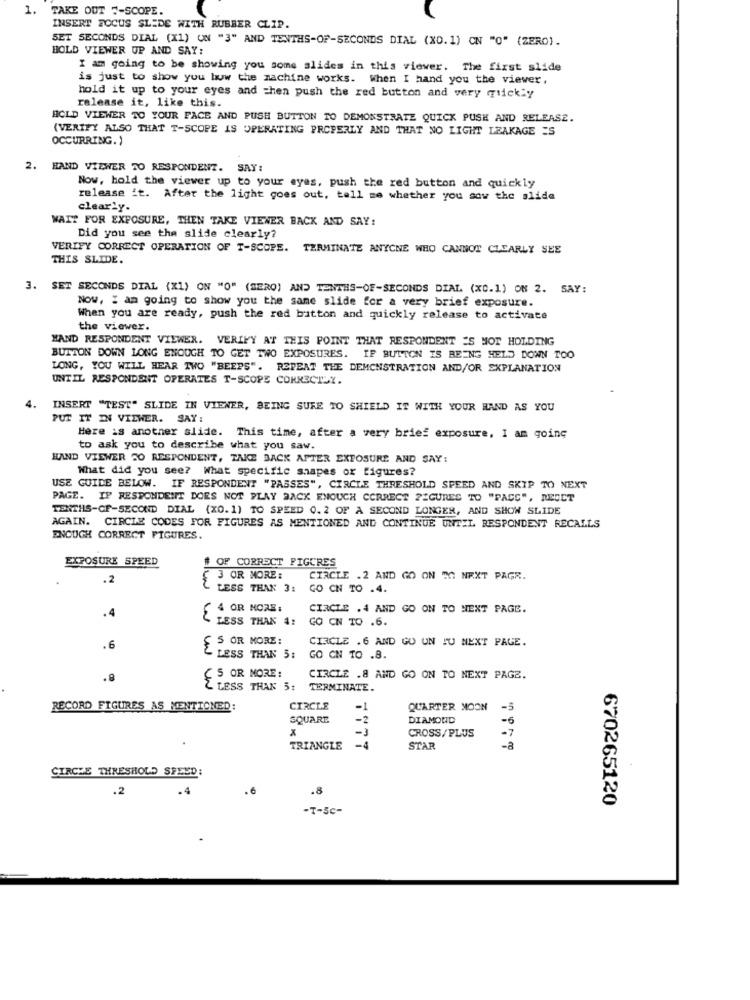
1. TAKE OUT "-SCOPE.
INSERT FOCUS SLIDE WITH RUBBER CLIP.
SET SECONDS DIAL (X1) UN "3" AND TENTHS-OF-SECONDS DIAL (X0.1) ON "0" (ZERO).
BOLD VIEWER UP AND SAY:
I am going to be showing you some slides in this viewer. The first slide
is just to show you how the machine works. when I hand you the viewer.
release it, like this.
hold it up to your eyes and =hen push the red button and very quickly
BCLD VIEWER TO YOUR FACE AND PUSH BUTTON TO DEMONSTRATE QUICK PUSH AND RELEASE.
(VERIFY ALSO THAT T-SCOPE IS OPERATING PROPERLY AND THAT NO LIGHT LEAKAGE ES
OCCURRING.)
2. HAND VIEWER TO RESPONDENT. SAY:
Now, hold the viewer up to your eyes, push the red button and quickly
release it. After the light goes out, tell me whether you saw the slide
clearly.
WAIT FOR EXPOSURE, THEN TAKE VIEWER BACK AND SAY:
Did you see the slide clearly?
VERIFY CORRECT OPERATION OF T-SCOPE. TERMINATE ANYONE WHO CANNOT CLEARLY SEE
THIS SLIDE.
3. SET SECONDS DIAL (X1) ON "0" (SERO) AND TENTHS-OF-SECONDS DIAL (x0.1) ON 2. SAY:
Now, I am going to show you the same slide for a very brief exposure.
When you are ready, push the red button and quickly release to activate
the viewer.
"AND RESPONDENT VIEWER. VERIFY AT THIS POINT THAT RESPONDENT ES MOT HOLDING
BUTTON DOWN LONG ENOUGH TO GET TWO EXPOSURES. IF BUTTON IS BEING HELD DOWN TOO
LONG, YOU WILL HEAR TWO "BEEPS". REPEAT THE DEMONSTRATION AND/OR EXPLANATION
UNTIL RESPONDENT OPERATES T-SCOPE CORRECTLY.
4.
INSERT "TEST" SLIDE IN VIENER, BEING SURE TO SHIELD IT WITH YOUR HAND AS YOU
PUT IT IN VIEWER. SAY:
Here is another slide. This time, after a very brief exposure, I am going
to ask you to describe what you saw.
HAND VIEWER 20 RESPONDENT, TAKE BACK AFTER EXPOSURE AND SAY:
What did you see? What specific shapes or figures?
USE GUIDE BELOW. IF RESPONDENT "PASSES", CIRCLE THRESHOLD SPEED AND SKIP TO NEXT
PAGE. IF RESPONDENT DOES NOT PLAY BACK ENOUCH CORRECT FIGURES TO "PACS", DEOCT
TENTHS-CF-SECOND DIAL (X0.1) TO SPEED 0. 2 OF A SECOND LONGER, AND SHOW SLIDE
AGAIN. CIRCLE CODES FOR FIGURES AS MENTIONED AND CONTINUE UNTIL RESPONDENT RECALLS
ENOUGH CORRECT FIGURES.
EXPOSURE SPEED
# OF CORRECT FIGURES
.2
3 OR MORE:
CIRCLE . 2 AND GO ON DO NEXT PAGR.
LESS THAN 3:
GO CN TO .4.
4
4 OR MORE:
CIRCLE . 4 AND GO ON TO NEXT PAGE.
LESS THAN 4:
GO CN TO .6.
S OR MORE:
CIRCLE . 6 AND GO UN TU NEXT PAGE.
.6
L LESS THAN 5:
GO CN TO .8.
.8
( S OR MORE:
CIRCLE .8 AND GO ON TO NEXT PAGE.
Z LESS THAN 5: TERMINATE.
RECORD FIGURES AS MENTIONED:
CIRCLE
-1
QUARTER MOON
-5
SQUARE
DIAMOND
-6
x
-3
CROSS/PLUS
TRIANGLE
STAR
-a
CIRCLE THRESHOLD SPEED:
.2
.4
. 6
.8
670265120
-T-5c-